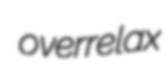
overrelax